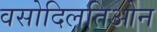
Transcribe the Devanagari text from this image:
वसोदिलतिओन